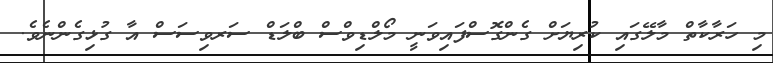
މި ހަރާކާތް މާލޭގައި ކުރިޔަށް ގެންގޮސްފައިވަނީ މޯލްޑިވްސް ބްލަޑް ސަރވިސަސް އާ ގުޅިގެންނެވެ.